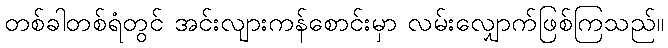
တစ်ခါတစ်ရံတွင် အင်းလျားကန်စောင်းမှာ လမ်းလျှောက်ဖြစ်ကြသည်။